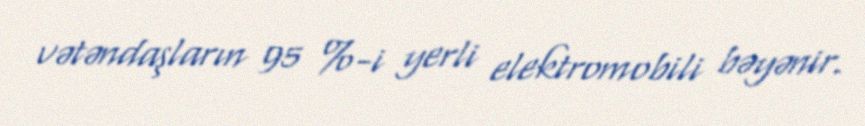
vətəndaşların 95 %-i yerli elektromobili bəyənir.